Report on sanitation, dispensaries, and jails in Rajputana for 1917, and on vaccination for the year 1917-1918 - 1917-1918
Year: 1917
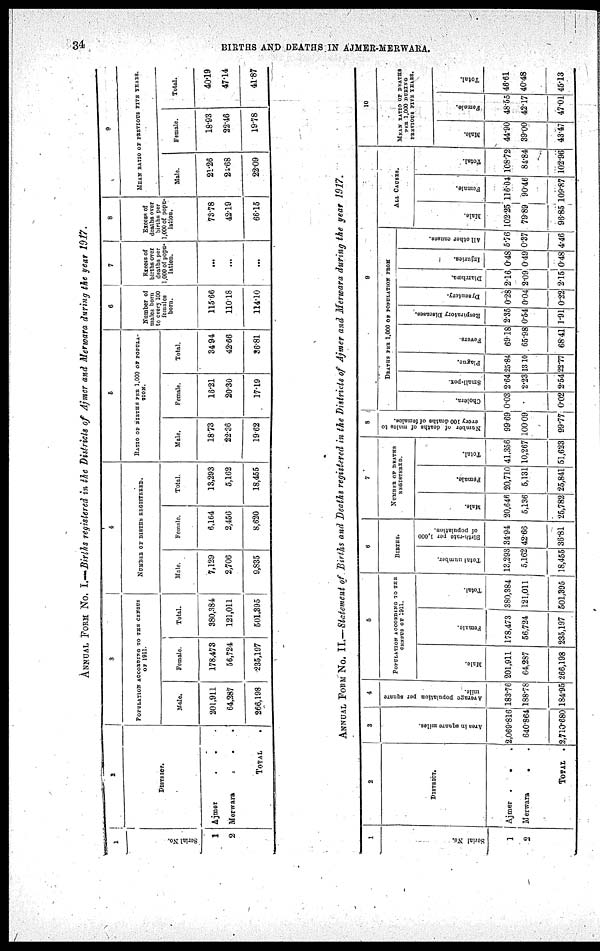
34
BIRTHS AND DEATHS IN AJMER-MERWARA.
ANNUAL FROM No. I.—Births registered in the Districts of Ajmer and Merwara during the year 1917.
1
Serial No.
1
2
2
DISTRICT.
Ajmer
.
. .
Merwara
.
.
.
TOTAL .
3
POPULATION ACCORDING TO THE CENSUS
OF 1911.
Male.
201,911
64,287
266,198
Female.
178,473
56,724
235,197
Total.
380,384
121,011
501,395
4
NUMBER OF BIRTHS REGISTERED.
Male.
7,129
2,706
9,835
Female.
6,164
2,456
8,620
Total.
13,293
5,162
18,455
5
RATIO OF BIRTHS PER 1,000 OF POPULA¬
TION.
Male.
18.73
22.36
19.62
Female.
16.21
20.30
17.19
Total.
34.94
42.66
36.81
6
Number of
males born
to every 100
females
born.
115.66
110.18
114.10
7
Excess of
births over
deaths per
1,000 of popu-
lation.
...
...
...
8
Excess of
deaths over
births per
1,000 of popu-
lation.
73.78
42.19
66.15
9
MEAN RATIO OF PREVIOUS FIVE YEARS.
Male.
21.26
21.68
22.09
Female.
18.93
22.46
19.78
Total.
40.19
47.14
41.87
ANNUAL FORM No. II.—Statement of Births and Deaths registered in the Districts of Ajmer and Merwara during the year 1917.
1
Serial No.
1
2
2
DISTRICT.
Ajmer . . .
Merwara
.
.
TOTAL .
3
Area in square miles.
2,069.816
640.864
2,710.680
4
Average population per square
mile.
183.76
188.78
184.95
5
POPULATION ACCORDING TO THE
CENSUS OF 1911.
Male.
201,911
64,287
266,198
Female.
178,473
56,724
235,197
Total.
380,384
121,011
501,395
6
BIRTHS.
Total number.
13,293
5,162
18,455
Birth-rate per 1,000
of population.
34.94
42.66
36.81
7
NUMBER OF DEATHS
REGISTERED.
Male.
20,646
5,136
25,782
Female.
20,710
5,131
25,841
Total.
41,356
10,267
51,623
8
Number of deaths of males to
every 100 deaths of females.
99.69
100.09
99.77
9
DEATHS PER 1,000 OF POPULATION FROM
Cholera.
0.03
0.02
Small-pox.
2.64
2.23
2.54
Plague.
25.84
13.10
22.77
Fevers.
69.18
65.98
68.41
Respiratory Diseases.
2.35
0.54
1.91
Dysentery.
0.28
0.04
0.22
Diarrhœa.
2.16
2.09
2.15
Injuries.
0.48
0.49
0.48
All other causes.
5.76
0.37
4.46
ALL CAUSES.
Male.
102.25
79.89
96.85
Female.
116.04
90.46
109.87
Total.
108.72
84.84
102.96
10
MEAN RATIO OF DEATHS
PER 1,000 DURING
PREVIOUS FIVE YEARS.
Male.
44.90
39.00
43.47
Female.
48.55
42.17
47.01
Total.
46.61
40.48
45.13